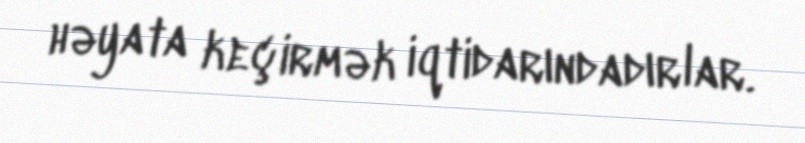
həyata keçirmək iqtidarındadırlar.